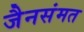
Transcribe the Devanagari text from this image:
जैनसंमत